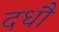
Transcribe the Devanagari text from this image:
दधौ